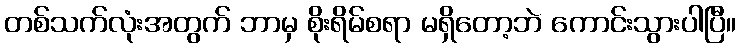
တစ်သက်လုံးအတွက် ဘာမှ စိုးရိမ်စရာ မရှိတော့ဘဲ ကောင်းသွားပါပြီ။